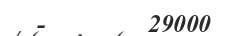
-       29000